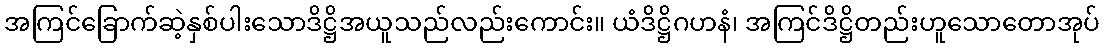
အကြင်ခြောက်ဆဲ့နှစ်ပါးသောဒိဋ္ဌိအယူသည်လည်းကောင်း။ ယံဒိဋ္ဌိဂဟနံ၊ အကြင်ဒိဋ္ဌိတည်းဟူသောတောအုပ်